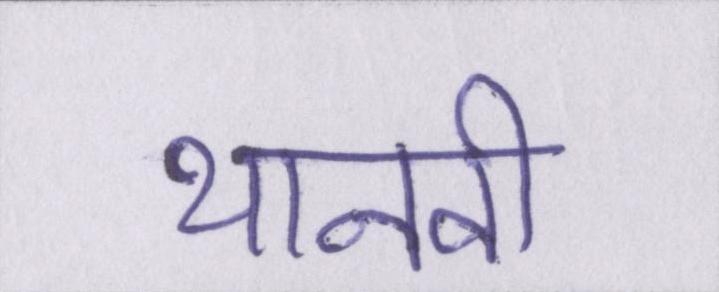
थानवी